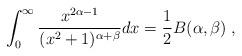
LaTeX: \begin{align*}\int_{0}^{\infty}\frac{x^{2 \alpha-1}}{(x^{2}+1)^{\alpha+\beta}}d x =\frac{1}{2}B(\alpha,\beta)\; ,\end{align*}